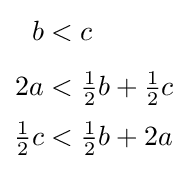
{\begin{aligned}b&<c\\[4pt]2a&<{\tfrac {1}{2}}b+{\tfrac {1}{2}}c\\[2pt]{\tfrac {1}{2}}c&<{\tfrac {1}{2}}b+2a\end{aligned}}